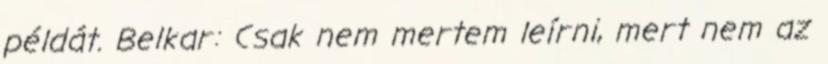
példát. Belkar: Csak nem mertem leírni, mert nem az